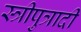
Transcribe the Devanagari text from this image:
स्त्रीपुत्रादी